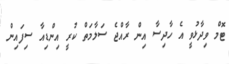
ޓޮމް ވިދާޅުވީ އެ ހާދިސާ އިން ރާއްޖެ ސަލާމަތް ކުރީ އިންޑިއާ ސިފައިން